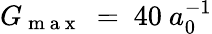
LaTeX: G_{\mathrm{~m~a~x~}}~=~40~a_{0}^{-1}